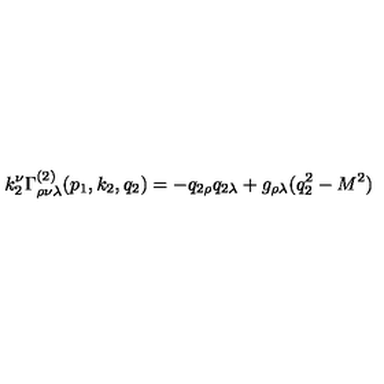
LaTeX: k _ { 2 } ^ { \nu } \Gamma _ { \rho \nu \lambda } ^ { ( 2 ) } ( p _ { 1 } , k _ { 2 } , q _ { 2 } ) = - q _ { 2 \rho } q _ { 2 \lambda } + g _ { \rho \lambda } ( q _ { 2 } ^ { 2 } - M ^ { 2 } )